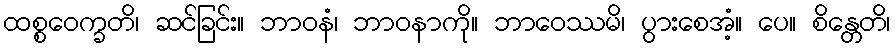
ထစ္စဝေက္ခတိ၊ ဆင်ခြင်း။ ဘာဝနံ၊ ဘာဝနာကို။ ဘာဝေဿမိ၊ ပွားစေအံ့။ ပေ။ စိန္တေတိ၊